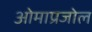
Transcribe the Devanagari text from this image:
ओमाप्रजोल